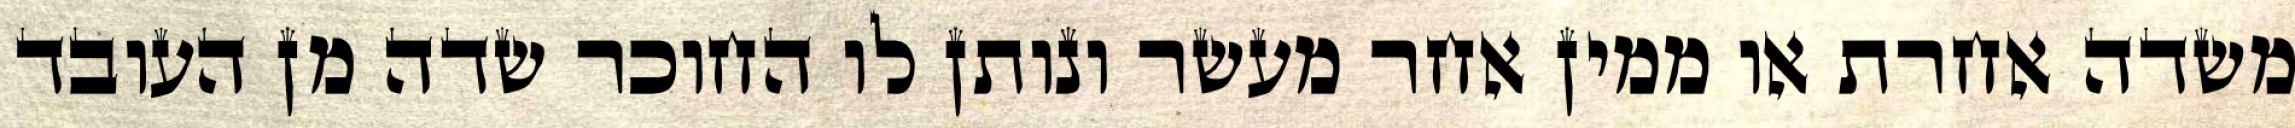
משדה אחרת או ממין אחר מעשר ונותן לו החוכר שדה מן העובד